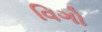
વિગો